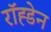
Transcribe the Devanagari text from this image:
रॉह्डेन